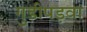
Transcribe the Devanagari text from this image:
गुडीपड़वा